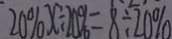
2 0 \% x \div 2 0 \% = 8 \div 2 0 \%